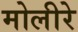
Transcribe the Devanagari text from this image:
मोलीरे